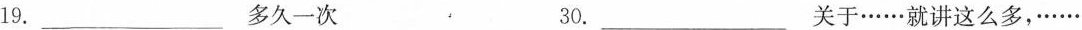
19.___多久一次 30.___关于……就讲这么多，……